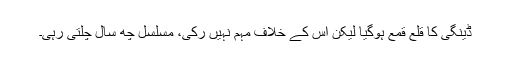
ڈینگی کا قلع قمع ہوگیا لیکن اس کے خلاف مہم نہیں رکی، مسلسل چھ سال چلتی رہی۔